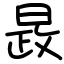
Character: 晸